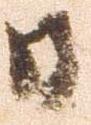
日